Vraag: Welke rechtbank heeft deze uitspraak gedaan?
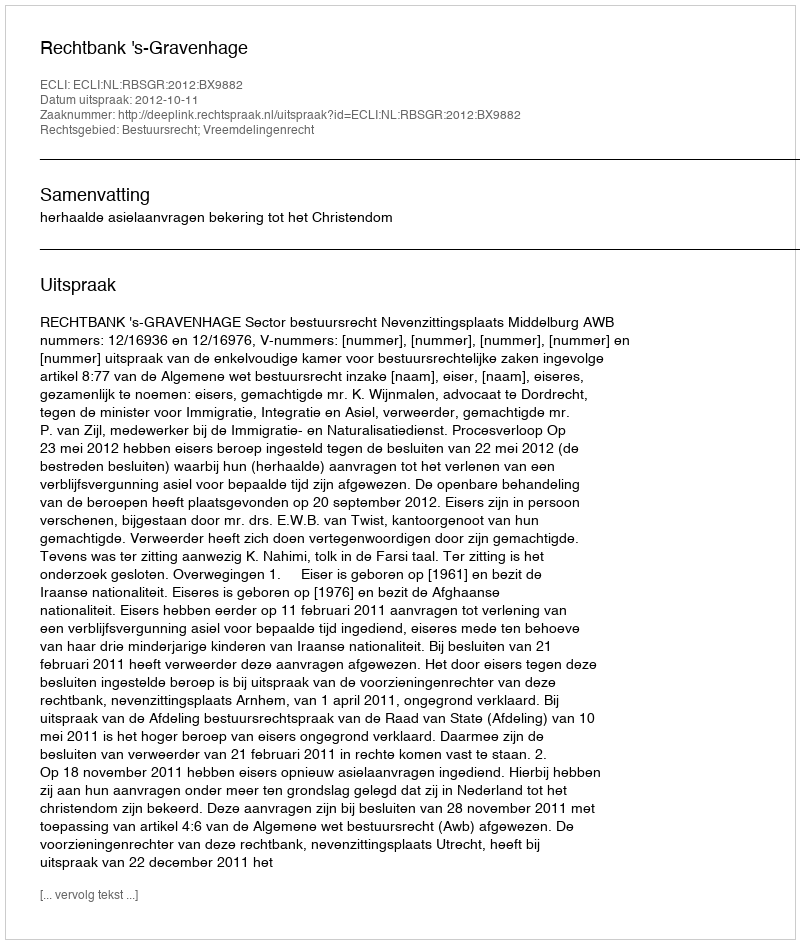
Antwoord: Rechtbank 's-Gravenhage